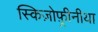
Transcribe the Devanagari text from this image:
स्किज़ोफ़्रीनीया